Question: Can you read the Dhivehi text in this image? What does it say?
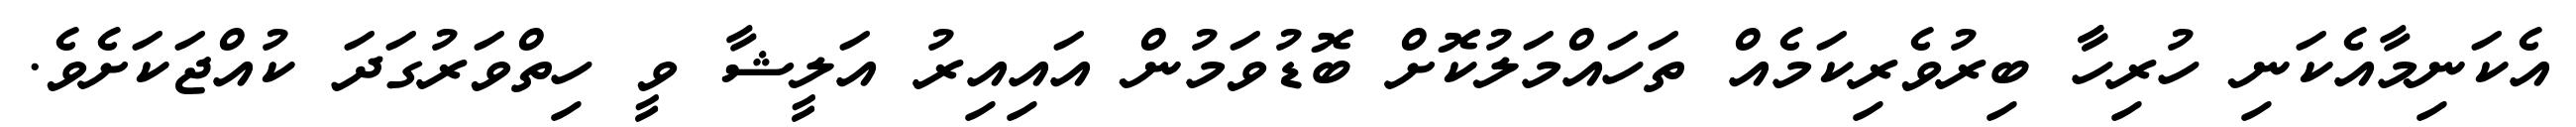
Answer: އެކަނިމާއެކަނި ހުރިހާާ ބިރުވެރިކަމެއް ތަހައްމަލުކޮށް ބޮޑުވަމުން އައިއިރު އަލީޝާ ވީ ހިތްވަރުގަދަ ކުއްޖަކަށެވެ.